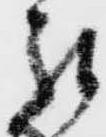
罷